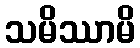
သမိဿာမိ